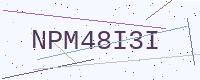
Text: NPM48I3I